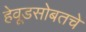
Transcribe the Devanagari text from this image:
हेवूडसोबतचे